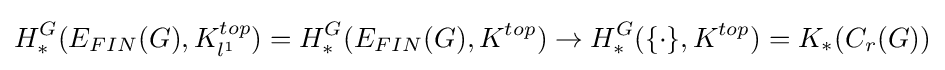
H_{*}^{G}(E_{FIN}(G),K_{l^{1}}^{top})=H_{*}^{G}(E_{FIN}(G),K^{top})\rightarrow H_{*}^{G}(\{\cdot \},K^{top})=K_{*}(C_{r}(G))